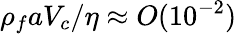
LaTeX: \rho_{f}aV_{c}/\eta\approx O(10^{-2})